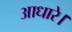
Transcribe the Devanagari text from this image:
आधारे।